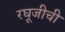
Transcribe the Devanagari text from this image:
रघूजीची